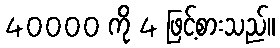
40000 ကို 4 ဖြင့်စားသည်။